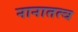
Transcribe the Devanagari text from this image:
नानातत्व